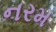
નરમ